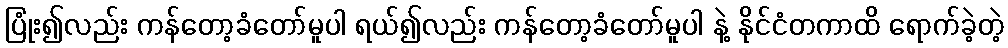
ပြုံး၍လည်း ကန်တော့ခံတော်မူပါ ရယ်၍လည်း ကန်တော့ခံတော်မူပါ နဲ့ နိုင်ငံတကာထိ ရောက်ခဲ့တဲ့